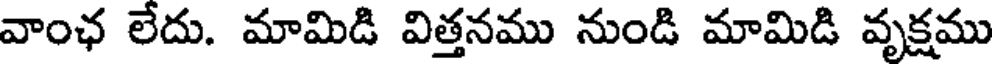
వాంఛ లేదు. మామిడి విత్తనము నుండి మామిడి వృక్షము